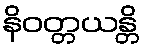
နိဝတ္တယန္တိ